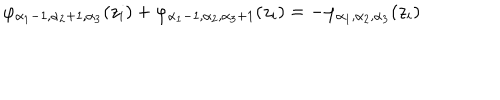
\varphi _ { \alpha _ { 1 } - 1 , \alpha _ { 2 } + 1 , \alpha _ { 3 } } ( z _ { i } ) + \varphi _ { \alpha _ { 1 } - 1 , \alpha _ { 2 } , \alpha _ { 3 } + 1 } ( z _ { i } ) = - \varphi _ { \alpha _ { 1 } , \alpha _ { 2 } , \alpha _ { 3 } } ( z _ { i } )